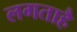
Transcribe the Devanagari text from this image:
लगताहै